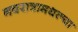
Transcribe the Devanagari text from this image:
नवरात्रामधल्या